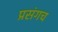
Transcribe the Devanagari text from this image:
प्रसंगच